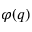
\varphi ( q )